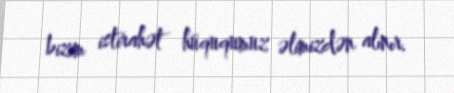
bizim istirahət hüququmuz əlimizdən alınır.